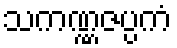
သကဏ္ဏဇပ္ပကံ